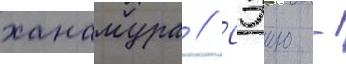
ханамура // Сэию -